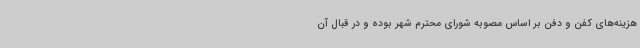
هزینه‌های کفن و دفن بر اساس مصوبه شورای محترم شهر بوده و در قبال آن